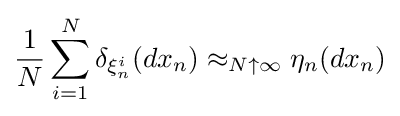
{\frac {1}{N}}\sum _{i=1}^{N}\delta _{\xi _{n}^{i}}(dx_{n})\approx _{N\uparrow \infty }\eta _{n}(dx_{n})